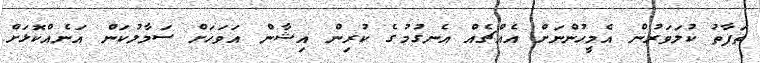
ތަފާތު ކުލަވަރުން އެމީހުންނަށް އެއްޗެއް އެނގުމުގެ ކުރިން އިޝާން އަވަހަށް ސަމާލުކަން އަނެއްކޮޅަށް